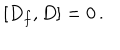
LaTeX: \left[ D _ { f } , D \right] = 0 \, .